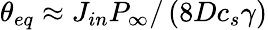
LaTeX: \theta_{eq}\approx{{J}_{in}}{{{P}_{\infty}}}/\left({8D{{c}_{s}}\gamma}\right)